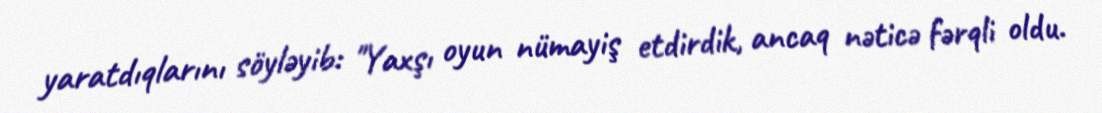
yaratdıqlarını söyləyib: "Yaxşı oyun nümayiş etdirdik, ancaq nəticə fərqli oldu.